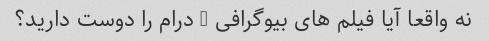
نه واقعا آیا فیلم های بیوگرافی / درام را دوست دارید؟